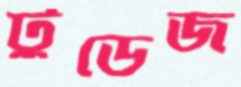
টুডেজ